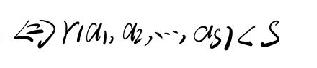
$\Leftrightarrow \gamma(\alpha_{1},\alpha_{2},\cdots,\alpha_{s})<S$